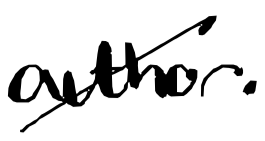
Text: author.
Cross-out: diagonal
Writing tool: digital_black